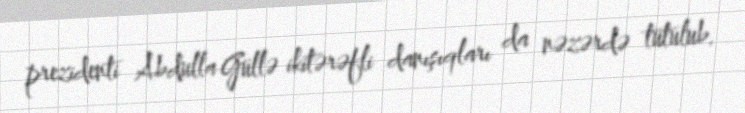
prezidenti Abdulla Güllə ikitərəfli danışıqları da nəzərdə tutulub.